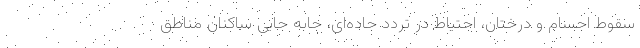
سقوط اجسام و درختان، احتیاط در تردد جاده‌ای، جابه جایی ساکنان مناطق